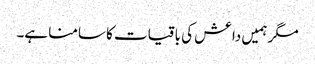
مگر ہمیں داعش کی باقیات کا سامنا ہے۔